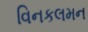
વિનકલમન